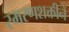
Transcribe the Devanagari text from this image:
स्मरणशक्तीनें